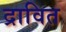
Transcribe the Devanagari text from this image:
द्रावित